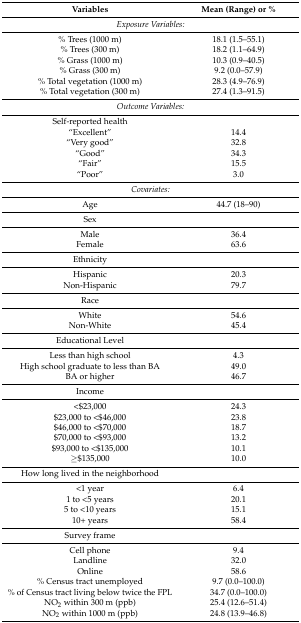
<table><thead><tr><td><b>Variables</b></td><td><b>Mean (Range) or % </b></td></tr></thead><tbody><tr><td colspan="2"><i>Exposure Variables:</i></td></tr><tr><td>% Trees (1000 m)</td><td>18.1 (1.5–55.1)</td></tr><tr><td>% Trees (300 m)</td><td>18.2 (1.1–64.9)</td></tr><tr><td>% Grass (1000 m)</td><td>10.3 (0.9–40.5)</td></tr><tr><td>% Grass (300 m)</td><td>9.2 (0.0–57.9)</td></tr><tr><td>% Total vegetation (1000 m)</td><td>28.3 (4.9–76.9)</td></tr><tr><td>% Total vegetation (300 m)</td><td>27.4 (1.3–91.5)</td></tr><tr><td colspan="2"><i>Outcome Variables:</i></td></tr><tr><td>Self-reported health</td><td></td></tr><tr><td>“Excellent”</td><td>14.4</td></tr><tr><td>“Very good”</td><td>32.8</td></tr><tr><td>“Good”</td><td>34.3</td></tr><tr><td>“Fair”</td><td>15.5</td></tr><tr><td>“Poor”</td><td>3.0</td></tr><tr><td colspan="2"><i>Covariates:</i></td></tr><tr><td>Age</td><td>44.7 (18–90)</td></tr><tr><td>Sex</td><td></td></tr><tr><td>Male</td><td>36.4</td></tr><tr><td>Female</td><td>63.6</td></tr><tr><td>Ethnicity</td><td></td></tr><tr><td>Hispanic</td><td>20.3</td></tr><tr><td>Non-Hispanic</td><td>79.7</td></tr><tr><td>Race</td><td></td></tr><tr><td>White</td><td>54.6</td></tr><tr><td>Non-White</td><td>45.4</td></tr><tr><td>Educational Level</td><td></td></tr><tr><td>Less than high school</td><td>4.3</td></tr><tr><td>High school graduate to less than BA</td><td>49.0</td></tr><tr><td>BA or higher</td><td>46.7</td></tr><tr><td>Income</td><td></td></tr><tr><td>&lt;$23,000</td><td>24.3</td></tr><tr><td>$23,000 to &lt;$46,000</td><td>23.8</td></tr><tr><td>$46,000 to &lt;$70,000</td><td>18.7</td></tr><tr><td>$70,000 to &lt;$93,000</td><td>13.2</td></tr><tr><td>$93,000 to &lt;$135,000</td><td>10.1</td></tr><tr><td>≥$135,000</td><td>10.0</td></tr><tr><td>How long lived in the neighborhood</td><td></td></tr><tr><td>&lt;1 year</td><td>6.4</td></tr><tr><td>1 to &lt;5 years</td><td>20.1</td></tr><tr><td>5 to &lt;10 years</td><td>15.1</td></tr><tr><td>10+ years</td><td>58.4</td></tr><tr><td>Survey frame</td><td></td></tr><tr><td>Cell phone</td><td>9.4</td></tr><tr><td>Landline</td><td>32.0</td></tr><tr><td>Online</td><td>58.6</td></tr><tr><td>% Census tract unemployed</td><td>9.7 (0.0–100.0)</td></tr><tr><td>% of Census tract living below twice the FPL</td><td>34.7 (0.0–100.0)</td></tr><tr><td>NO<sub>2</sub> within 300 m (ppb)</td><td>25.4 (12.6–51.4)</td></tr><tr><td>NO<sub>2</sub> within 1000 m (ppb)</td><td>24.8 (13.9–46.8)</td></tr></tbody></table>